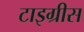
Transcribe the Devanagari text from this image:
टाइग्रीस